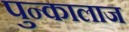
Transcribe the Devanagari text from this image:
पुन्कालाज